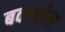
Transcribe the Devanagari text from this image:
बकथोम